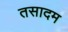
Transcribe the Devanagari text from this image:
तसादम